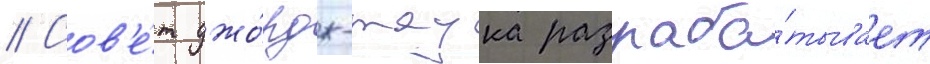
// Сов'е́т джо́рдж-тауна разраба́тывает